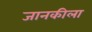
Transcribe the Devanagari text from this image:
जानकीला